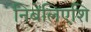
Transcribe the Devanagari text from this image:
निबेंलिएशि